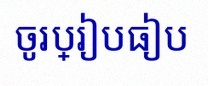
ចូរប្រៀបធៀប